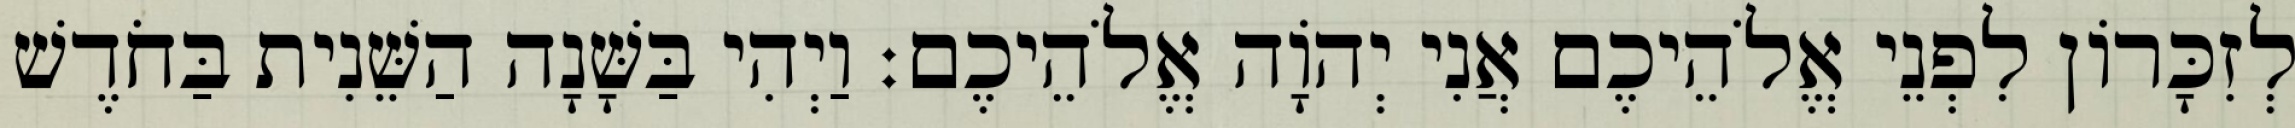
לְזִכָּרוֹן לִפְנֵי אֱלֹהֵיכֶם אֲנִי יְהוָֹה אֱלֹהֵיכֶם׃ וַיְהִי בַּשָּׁנָה הַשֵּׁנִית בַּחֹדֶשׁ